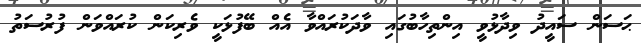
ޙަސަން ސައީދު ވިދާޅުވީ އިންތިހާބުގައި ވާދަކުރައްވާ އެއް ބޭފުޅަކީ ވެރިކަން ކުރައްވަން ފުރުސަތު